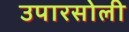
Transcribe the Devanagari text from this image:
उपारसोली